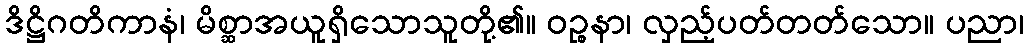
ဒိဋ္ဌိဂတိကာနံ၊ မိစ္ဆာအယူရှိသောသူတို့၏။ ဝဉ္စနာ၊ လှည့်ပတ်တတ်သော။ ပညာ၊